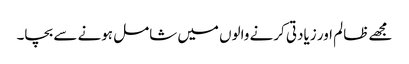
مجھے ظالم اور زیادتی کرنے والوں میں شامل ہونے سے بچا۔